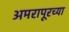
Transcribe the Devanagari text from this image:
अमरापूरच्या